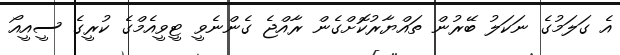
އެ ގަލަމުގެ ނަކަލު ބޭރުން ތައްޔާރުކޮށްގެން ރާއްޖެ ގެންނެވީ ޓީވީއެމްގެ ކުރީގެ ސީއީއޯ